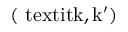
\mathrm { ( \ t e x t i t { k , k ^ { \prime } } ) }